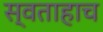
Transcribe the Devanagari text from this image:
स्वताहाच